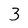
Character: 3